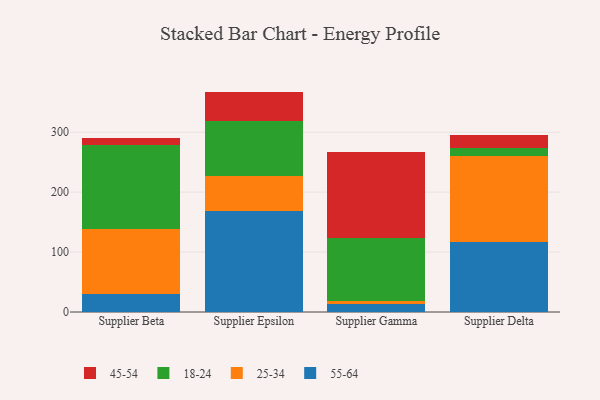
{"axis": {"x": "Supplier", "y": "Churn Rate (%)"}, "legend": ["18-24", "25-34", "45-54", "55-64"], "data": [{"x": "Supplier Beta", "y": 30.5, "type": "55-64"}, {"x": "Supplier Beta", "y": 107.6, "type": "25-34"}, {"x": "Supplier Beta", "y": 140.1, "type": "18-24"}, {"x": "Supplier Beta", "y": 12.8, "type": "45-54"}, {"x": "Supplier Epsilon", "y": 168.9, "type": "55-64"}, {"x": "Supplier Epsilon", "y": 57.9, "type": "25-34"}, {"x": "Supplier Epsilon", "y": 92.5, "type": "18-24"}, {"x": "Supplier Epsilon", "y": 48.6, "type": "45-54"}, {"x": "Supplier Gamma", "y": 13.6, "type": "55-64"}, {"x": "Supplier Gamma", "y": 5.5, "type": "25-34"}, {"x": "Supplier Gamma", "y": 105.1, "type": "18-24"}, {"x": "Supplier Gamma", "y": 143.2, "type": "45-54"}, {"x": "Supplier Delta", "y": 116.4, "type": "55-64"}, {"x": "Supplier Delta", "y": 144.2, "type": "25-34"}, {"x": "Supplier Delta", "y": 13.9, "type": "18-24"}, {"x": "Supplier Delta", "y": 21.6, "type": "45-54"}]}